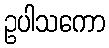
ဥပါသကော